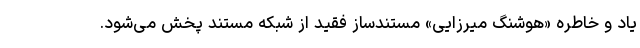
یاد و خاطره «هوشنگ میرزایی» مستندساز فقید از شبکه مستند پخش می‌شود.